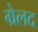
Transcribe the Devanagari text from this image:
ग्रेलद